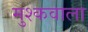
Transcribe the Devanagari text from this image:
मुश्कवाला